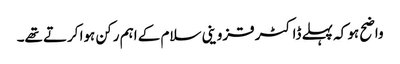
واضح ہو کہ پہلے ڈاکٹر قزوینی سلام کے اہم رکن ہوا کرتے تھے۔